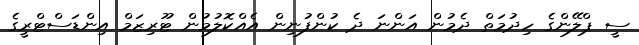
ސީ ޕްލޭންގެ ހިދުމަތް ދެމުން އަންނަ ދެ ކުންފުނިން އެއްކޮލުމުން ޓޫރިޒަމް އިންޑަސްޓްރީގެ